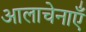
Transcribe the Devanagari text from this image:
आलाचेनाएँ